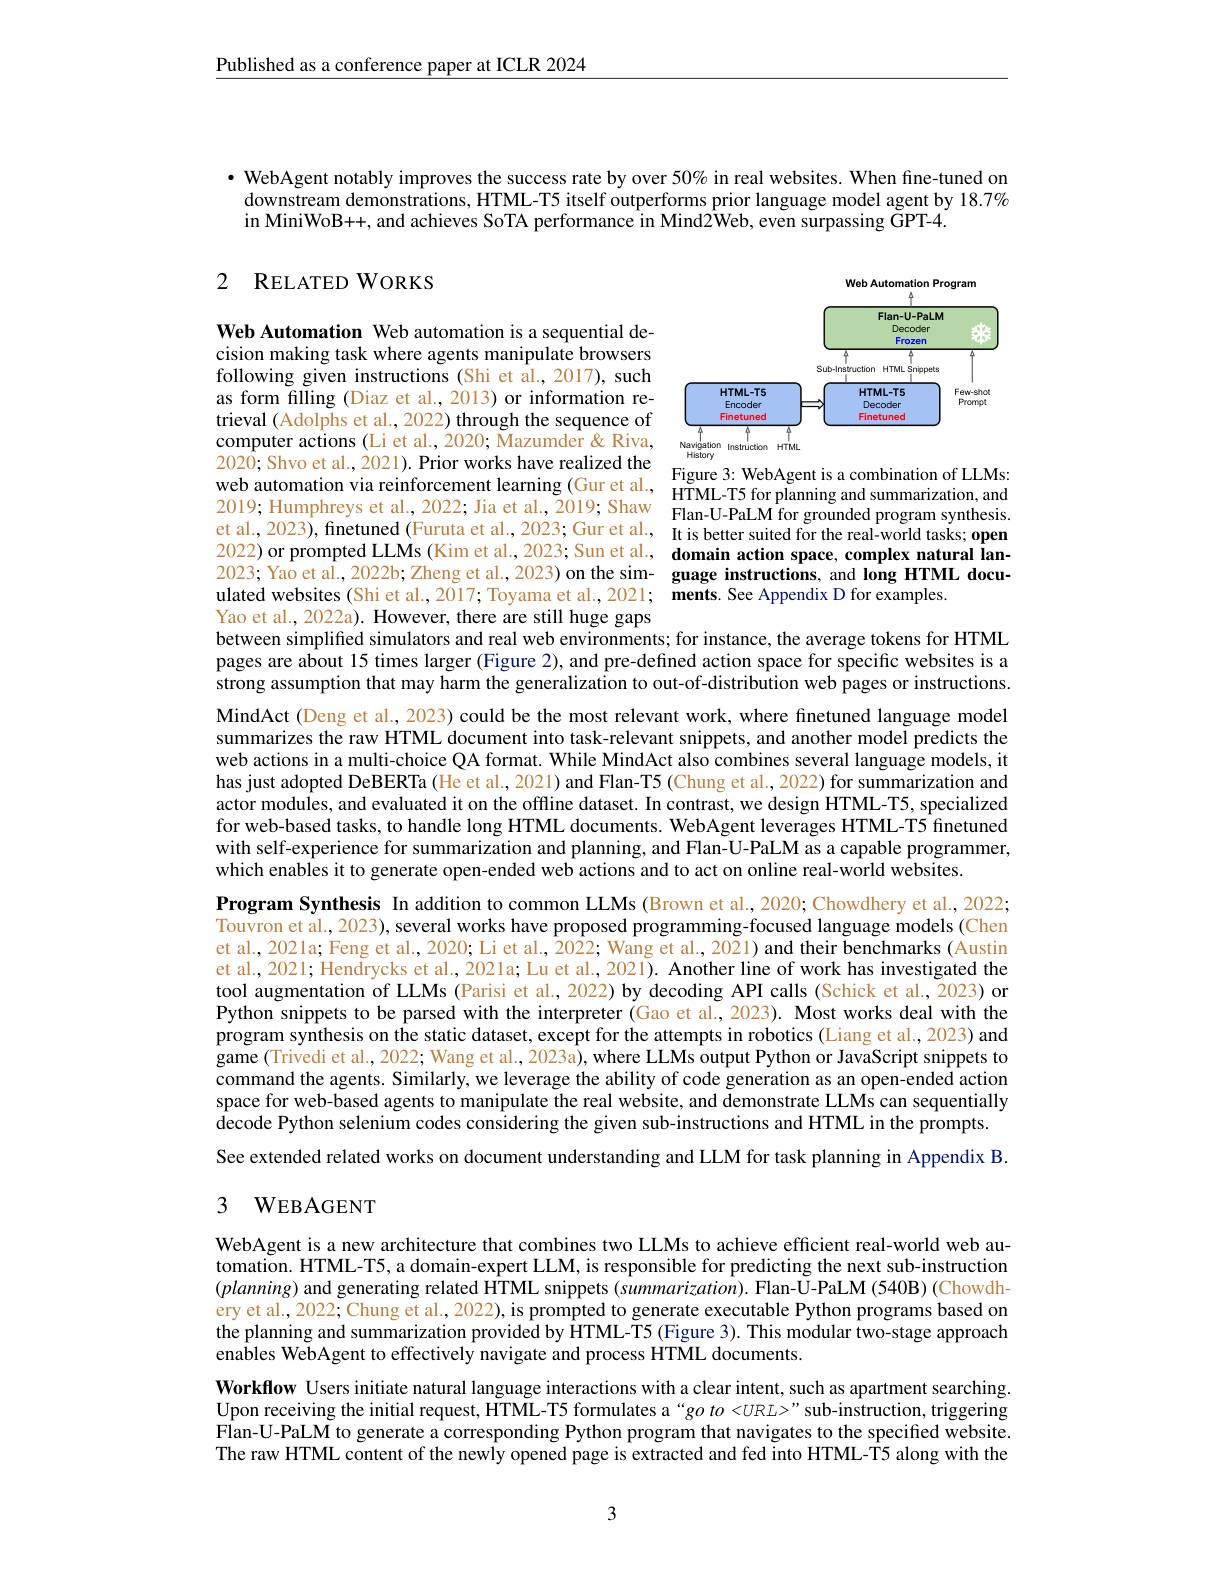
Published as a conference paper at ICLR 2024

· WebAgent notably improves the success rate by over $50\%$ in real websites. When fine-tuned on downstream demonstrations, HTML-T5 itself outperforms prior language model agent by 18.7% in MiniWoB++, and achieves SoTA performance in Mind2Web, even surpassing GPT-4.

## 2 RELATED WORKS

<FigureHere>

Web Automation Web automation is a sequential decision making task where agents manipulate browsers following given instructions (Shi et al.,2017), such as form filling (Diaz et al., 2013) or information retrieval (Adolphs et al., 2022) through the sequence of computer actions (Li et al., 2020; Mazumder & Riva, 2020; Shvo et alı, 2021). Prior works have realized the Figure 3: WebAgent is a combination of LLMs:web automation via reinforcement learming (Guret al, Figure3: WebAgentisacombinationfLMs: 2019; Humphreys etal, 2022; Jiaetal, 2019; Shaw etal, 2023) , 2022) or prompted LLMs (Kim et al., 2023; Sun et al. domain action space, complex natural lan- 2023; Yao et al., 2022b; Zheng et al., 2023) on the sim- guage instructions, and long HTML docuulated websites (Shi et al.,2017; Toyama et al.,2021; ments. See Appendix D for examples.
Yao et al., 2022a). However, there are still huge gaps

between simplifed simulators and real web environments; for instance, the average tokens for HTML pages are about 15 times larger (Figure 2), and pre-defined action space for specific websites is a strong assumption that may harm the generalization to out-of-distribution web pages or instructions.

MindAct (Deng et al., 2023) could be the most relevant work, where finetuned language model summarizes the raw HTML document into task-relevant snippets, and another model predicts the web actions in a multi-choice QA format. While MindAct also combines several language models, it has just adopted DeBERTa (He et al., 2021) and Flan-T5 (Chung et al., 2022) for summarization and actor modules, and evaluated it on the offline dataset. In contrast, we design HTML-T5, specialized for web-based tasks, to handle long HTML documents. WebAgent leverages HTML-T5 finetuned with self-experience for summarization and planning, and Flan-U-PaLM as a capable programmer, which enables it to generate open-ended web actions and to act on online real-world websites.
Program Synthesis In addition to common LLMs (Brown et al., 2020; Chowdhery et al., 2022; Touvron et al., 2023), several works have proposed programming-focused language models (Chen et al, 2021a; Feng et al., 2020; Li et al., 2022; Wang et al., 2021) and their benchmarks (Austin et al., 2021; Hendrycks et al., 2021a; Lu et al., 2021). Another line of work has investigated the tool augmentation of LLMs (Parisi et al., 2022) by decoding API calls (Schick et al., 2023) or Python snippets to be parsed with the interpreter (Gao et al.,2023). Most works deal with the program synthesis on the static dataset, except for the attempts in robotics (Liang et al., 2023) and game (Trivedi et al., 2022; Wang et al., 2023a), where LLMs output Python or JavaScript snippets to command the agents. Similarly, we leverage the ability of code generation as an open-ended action space for web-based agents to manipulate the real website, and demonstrate LLMs can sequentially $\hat{\text{decode Python selenium codes considering the given sub-instructions and HTML in the prompts.}}$ See extended related works on document understanding and LLM for task planning in Appendix B.

## 3 WEBAGENT

WebAgent is a new architecture that combines two LLMs to achieve efficient real-world web automation. HTML-T5, a domain-expert LLM, is responsible for predicting the next sub-instruction $(planning)$ and generating related HTML snippets (summarization). Flan-U-PaLM (540B) (Chowdhery et al., 2022; Chung et al., 2022), is prompted to generate executable Python programs based on the planning and summarization provided by HTML-T5 (Figure 3). This modular two-stage approach enables WebAgent to effectively navigate and process HTML documents.
Workflow Users initiate natural language interactions with a clear intent, such as apartment searching. Upon receiving the initial request, HTML-T5 formulates a“go $\iota o<URL>"$sub-instruction, triggering Flan-U-PaLM to generate a corresponding Python program that navigates to the specified website. The raw HTML content of the newly opened page is extracted and fed into HTML-T5 along with the

3